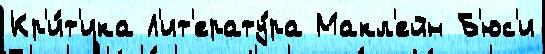
Кр'и́т'ика Л'ит'ерату́ра Макл'ейн Б'юс'и